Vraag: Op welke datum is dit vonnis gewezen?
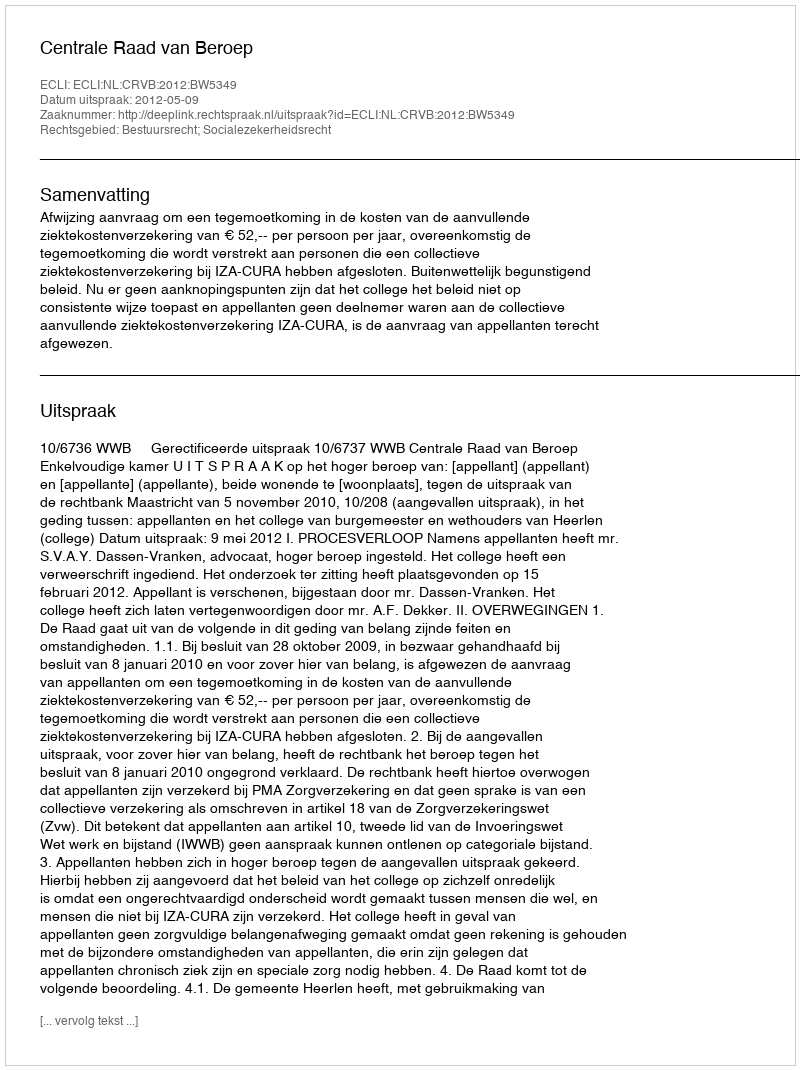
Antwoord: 2012-05-09